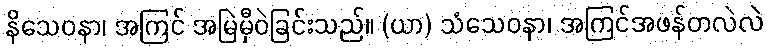
နိသေဝနာ၊ အကြင် အမြဲမှီဝဲခြင်းသည်။ (ယာ) သံသေဝနာ၊ အကြင်အဖန်တလဲလဲ